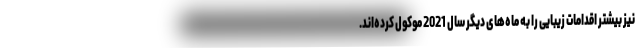
نیز بیشتر اقدامات زیبایی را به ماه‌های دیگر سال 2021 موکول کرده‌اند.